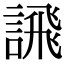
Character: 𫍄